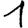
Digit: 1